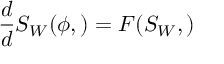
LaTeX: \L { \frac { d } { d \L } } S _ { W } ( \phi , \L ) = F ( S _ { W } , \L )